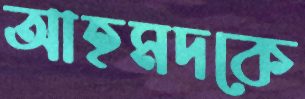
আহমদকে